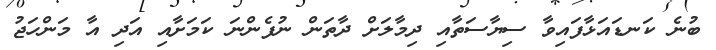
ބުނެ ކަނޑައަޅާފައިވާ ސިޔާސަތާއި ދިމާލަށް ދާތަން ނުފެންނަ ކަމަށާއި އަދި އާ މަންހަޖު